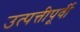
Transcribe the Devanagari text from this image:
उत्पत्तीपूर्वी